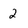
Character: 2